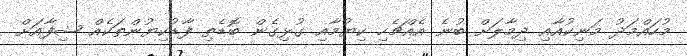
މުހައްމަދު މަނިކުއާއި ދިމާލަށް ބުނެ އެއްޗެހި ކިޔުމާއި ގުޅިގެން ބޮޑެތި ފާޑުކިޔުންތަކެއް ޝިފާއަށް